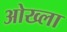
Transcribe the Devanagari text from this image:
ओख्ला